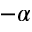
- \alpha